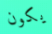
يكون